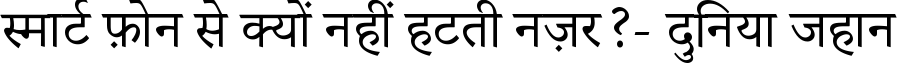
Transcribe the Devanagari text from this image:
स्मार्ट फ़ोन से क्यों नहीं हटती नज़र?- दुनिया जहान